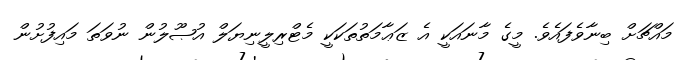
މައްޗަށް ބިނާވެފައެވެ. މީގެ މާނައަކީ އެ ޒަޢާމަތުތަކަކީ މެޓްރިލީނިޔަލް އުޞޫލުން ނުވަތަ މައިފުށުން